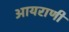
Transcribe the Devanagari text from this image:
आयराणी